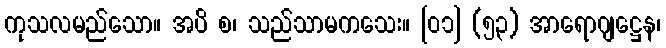
ကုသလမည်သော။ အပိ စ၊ သည်သာမကသေး။ [၀၁] (၅၃) အာရောဂျဋ္ဌေန၊